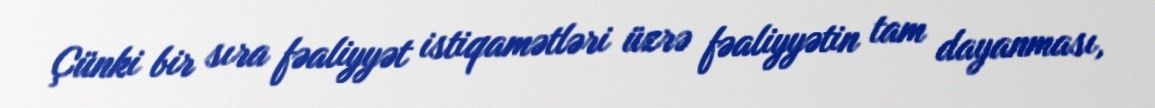
Çünki bir sıra fəaliyyət istiqamətləri üzrə fəaliyyətin tam dayanması,